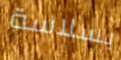
بسلاسة